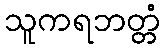
သူကရဘတ္တံ